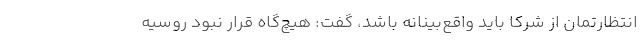
انتظارتمان از شرکا باید واقع‌بینانه باشد، گفت: هیچ‌گاه قرار نبود روسیه